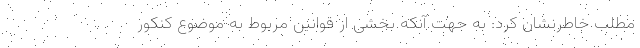
مطلب خاطرنشان کرد: به جهت آنکه بخشی از قوانین مربوط به موضوع کنکور